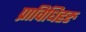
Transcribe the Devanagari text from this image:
प्राविधिहरु